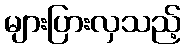
များပြားလှသည့်